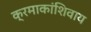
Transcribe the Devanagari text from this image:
क्रमाकांशिवाय